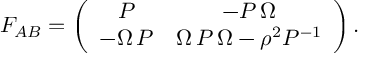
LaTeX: F _ { A B } = \left( \begin{array} { c c c } { { P } } & { { - P \, \Omega } } \\ { { - \Omega \, P } } & { { \Omega \, P \, \Omega - \rho ^ { 2 } P ^ { - 1 } } } \end{array} \right) .